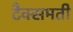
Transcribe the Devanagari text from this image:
टैक्समती